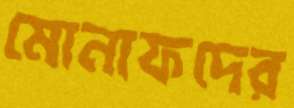
মোনাফদের